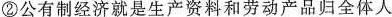
②公有制经济就是生产资料和劳动产品归全体人